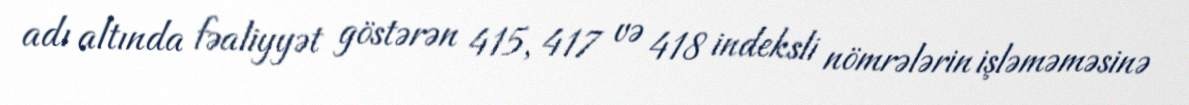
adı altında fəaliyyət göstərən 415, 417 və 418 indeksli nömrələrin işləməməsinə